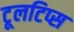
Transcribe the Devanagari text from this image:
टूलटिप्स